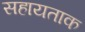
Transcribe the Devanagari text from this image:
सहायताक